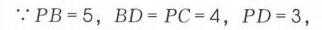
\(\because PB = 5,\ BD = PC = 4,\ PD = 3,\)